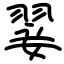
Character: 翣